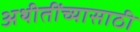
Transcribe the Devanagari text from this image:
अथीतींच्यासाठी